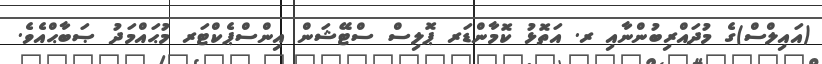
(އައިލްސް)ގެ މުދައްރިބުންނާއި ރ. އަތޮޅު ކޮމާންޑަރ ޕޮލިސް ސްޓޭޝަން އިންސްޕެކްޓަރ މުޙައްމަދު ޞަބާޙްއެވެ.